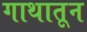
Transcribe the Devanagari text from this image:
गाथातून